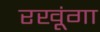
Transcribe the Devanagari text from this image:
रखूंगा